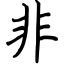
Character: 非